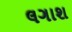
લગાશ